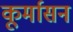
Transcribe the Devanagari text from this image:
कूर्मासन